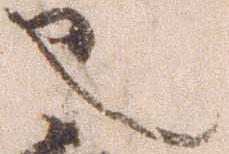
也